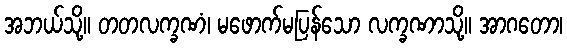
အဘယ်သို့။ တတလက္ခဏံ၊ မဖောက်မပြန်သော လက္ခဏာသို့။ အာဂတော၊